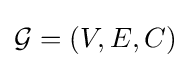
{\mathcal {G}}=(V,E,C)